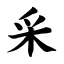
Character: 采